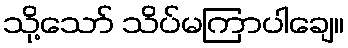
သို့သော် သိပ်မကြာပါချေ။